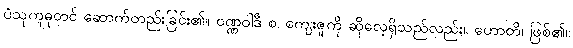
ပံသုကူဓုတင် ဆောက်တည်းခြင်း၏။ ဝဏ္ဏဝါဒီ စ၊ ကျေးဇူကို ဆိုလေ့ရှိသည်လည်း။ ဟောတိ၊ ဖြစ်၏။